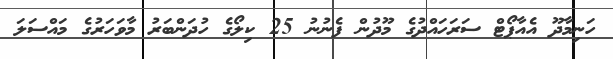
ހަނިމާދޫ އެއާޕޯޓް ސަރަހައްދުގެ މޫދުން ފެނުނު 25 ކިލޯގެ ހުދަންބަރު މާވަހަރުގެ މައްސަލަ